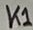
Text: K1